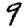
Digit: 9